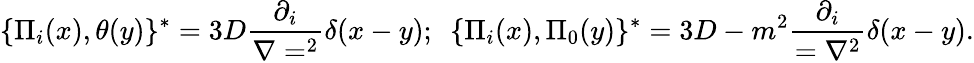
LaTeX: \{ \Pi_{i}(x),\theta(y)\} ^{*}=3D{\frac{\partial_{i}}{\nabla=^{2}}}\delta(x-y);~~\{ \Pi_{i}(x),\Pi_{0}(y)\} ^{*}=3D-m^{2}{\frac{\partial_{i}}{={\nabla^{2}}}}\delta(x-y).